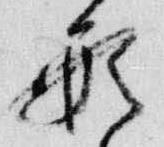
形